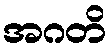
အဂတိ